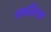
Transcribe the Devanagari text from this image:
पगलिया